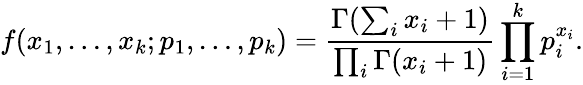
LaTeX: f(x_{1},\dots,x_{k};p_{1},\ldots,p_{k})={\frac{\Gamma(\sum_{i}x_{i}+1)}{\prod_{i}\Gamma(x_{i}+1)}}\prod_{i=1}^{k}p_{i}^{x_{i}}.